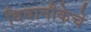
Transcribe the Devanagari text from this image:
विवानौकेचे